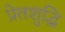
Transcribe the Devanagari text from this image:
प्रेतशुद्धि